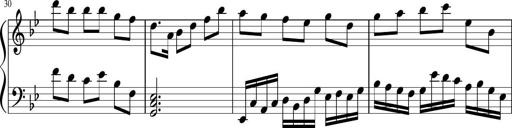
Title: Sonatina in F major
Composer: Ethan Ngo
Key: F major